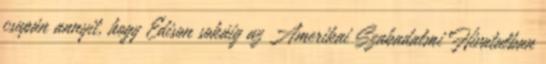
csupán annyit, hogy Edison sokáig az Amerikai Szabadalmi Hivatalban